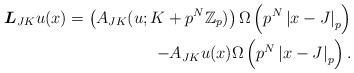
LaTeX: \begin{align*}\boldsymbol{L}_{JK}u(x)=\left( A_{JK}(u;K+p^{N}\mathbb{Z}_{p})\right) \Omega\left( p^{N}\left\vert x-J\right\vert _{p}\right)\\-A_{JK}u(x)\Omega\left( p^{N}\left\vert x-J\right\vert _{p}\right).\end{align*}